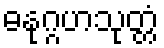
ဓနုဂ္ဂဟသုတ္တံ